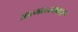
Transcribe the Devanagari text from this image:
आत्मतत्त्वाबद्दल